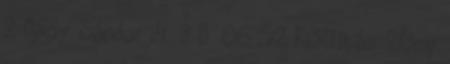
2 Nagy Sándor dr. 3 II. 06:52 Kiállítás 20mp